system: You are a helpful assistant.
user:
Analyze the provided spectrum to determine if it is a **White Dwarf (WD)**.

A White Dwarf spectrum is defined by its **extreme purity** (due to gravitational settling) and/or **extreme pressure broadening** (due to high surface gravity). You must check for one of the following mutually exclusive signatures:

- **Key Visual Indicators (Check for ONE of these types):**

    - **1. DA-Type Signature (Most Common):**
        - **(Primary Feature):** Extreme pressure broadening (Stark broadening) of the **Hydrogen (H) Balmer lines**.
        - **(Key Lines):** $H\beta$ (approx. $4861$ Å) and $H\gamma$ (approx. $4340$ Å). $H\alpha$ (approx. $6563$ Å) will also be present if the wavelength range covers it.
        - **(Line Profile):** This is the **defining feature**. The lines are **NOT** sharp. They appear as massive, **extremely broad and deep "troughs" or "dips"** in the spectrum, often hundreds of Ångströms wide. The continuum will appear to "scoop" down at these wavelengths.
        - **(Distinction):** Normal A-type or B-type stars have *narrow* and *sharp* Hydrogen lines. A DA White Dwarf's lines are unmistakably "smeared" or "blurry" from pressure.

    - **2. DB-Type Signature:**
        - **(Primary Feature):** Broad absorption lines from **Neutral Helium (He I)**. The spectrum must lack any visible Hydrogen lines.
        - **(Key Lines):** Look for broad absorption near $4471$ Å, $4921$ Å, and $5876$ Å.
        - **(Line Profile):** These lines are also significantly pressure-broadened, appearing much wider than they would in a normal B-type main-sequence star.

    - **3. DC-Type Signature:**
        - **(Primary Feature):** A **featureless continuous spectrum**.
        - **(Line Profile):** The spectrum is a smooth curve with **no significant absorption or emission lines**.
        - **(Key Confirmation):** The continuum is almost always **blue or white**, indicating a hot object. This signature implies the atmosphere is so pure (or so cool) that no spectral lines are visible in the optical range. Its WD identity is confirmed by its extremely low intrinsic brightness (high absolute magnitude).

    - **4. DZ-Type Signature (Metal-Polluted):**
        - **(Primary Feature):** **Isolated, narrow metal absorption lines** on an otherwise featureless (DC-like) continuum.
        - **(Key Lines):** The **Calcium (Ca II) H & K doublet** (approx. **$3934$ Å** and **$3968$ Å**) is the most common and defining feature.
        - **(Line Profile):** These lines are "out of place." They are *not* part of a "forest" of thousands of lines. This signature is evidence of recent *accretion* (pollution) from rocky debris.
        - **(Distinction):** Normal G/K/M stars have a *dense forest* of thousands of metal lines. A DZ has a *clean* continuum with *only a few* strong metal lines.

    - **5. DQ-Type Signature (Carbon-Polluted):**
        - **(Primary Feature):** Absorption bands from **Carbon (C₂ "Swan Bands" or atomic C I)**.
        - **(Key Lines - C₂):** Look for bandheads with a "saw-tooth" shape near $5635$ Å, **$5165$ Å** (strongest), and $4737$ Å.
        - **(Key Confirmation):** The underlying **continuum must be blue or white** (hot).
        - **(Distinction):** This is the critical difference from a **Carbon Star**, which has the *exact same* C₂ bands but on an extremely **red, cool** continuum.

- **(Overall Spectrum):**
    - The continuum (overall shape) is typically **blue-sloping** (brighter in the blue than the red), as most white dwarfs are very hot.
    - The spectrum will look "pure" or "simple," dominated by only *one* of the five signatures listed above.

Think first, call **spectral_visualization_tool** if needed to examine features in detail, then provide your final answer. Your response must adhere to the following strict rules:
1.  **Overall Structure:** Your response must follow the format `<think>...</think> <tool_call>...</tool_call> (if a tool is used) <answer>...</answer>`.
2.  **Tool Usage Constraint:** You may only make **one** tool call per turn.
3.  **Final Answer Format:** In the `<answer>` tag, your conclusion must be inside a `\boxed{}` command (e.g., `\boxed{YES}` or `\boxed{NO}`), followed by your justification.

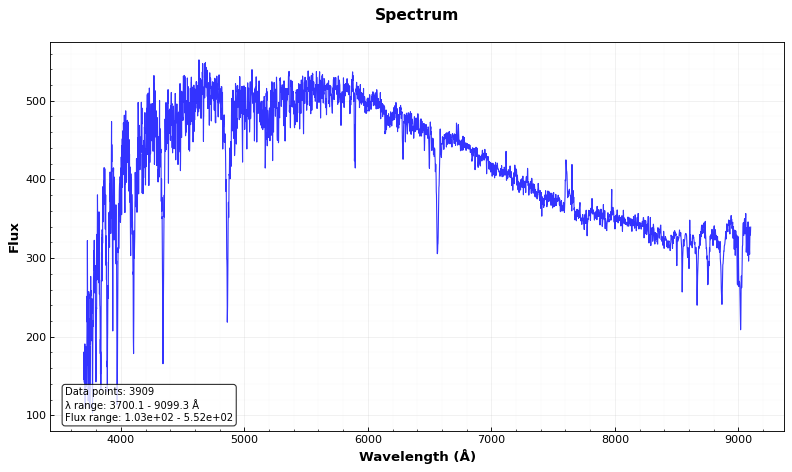
Answer: NO